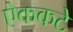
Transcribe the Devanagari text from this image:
ऐककटे